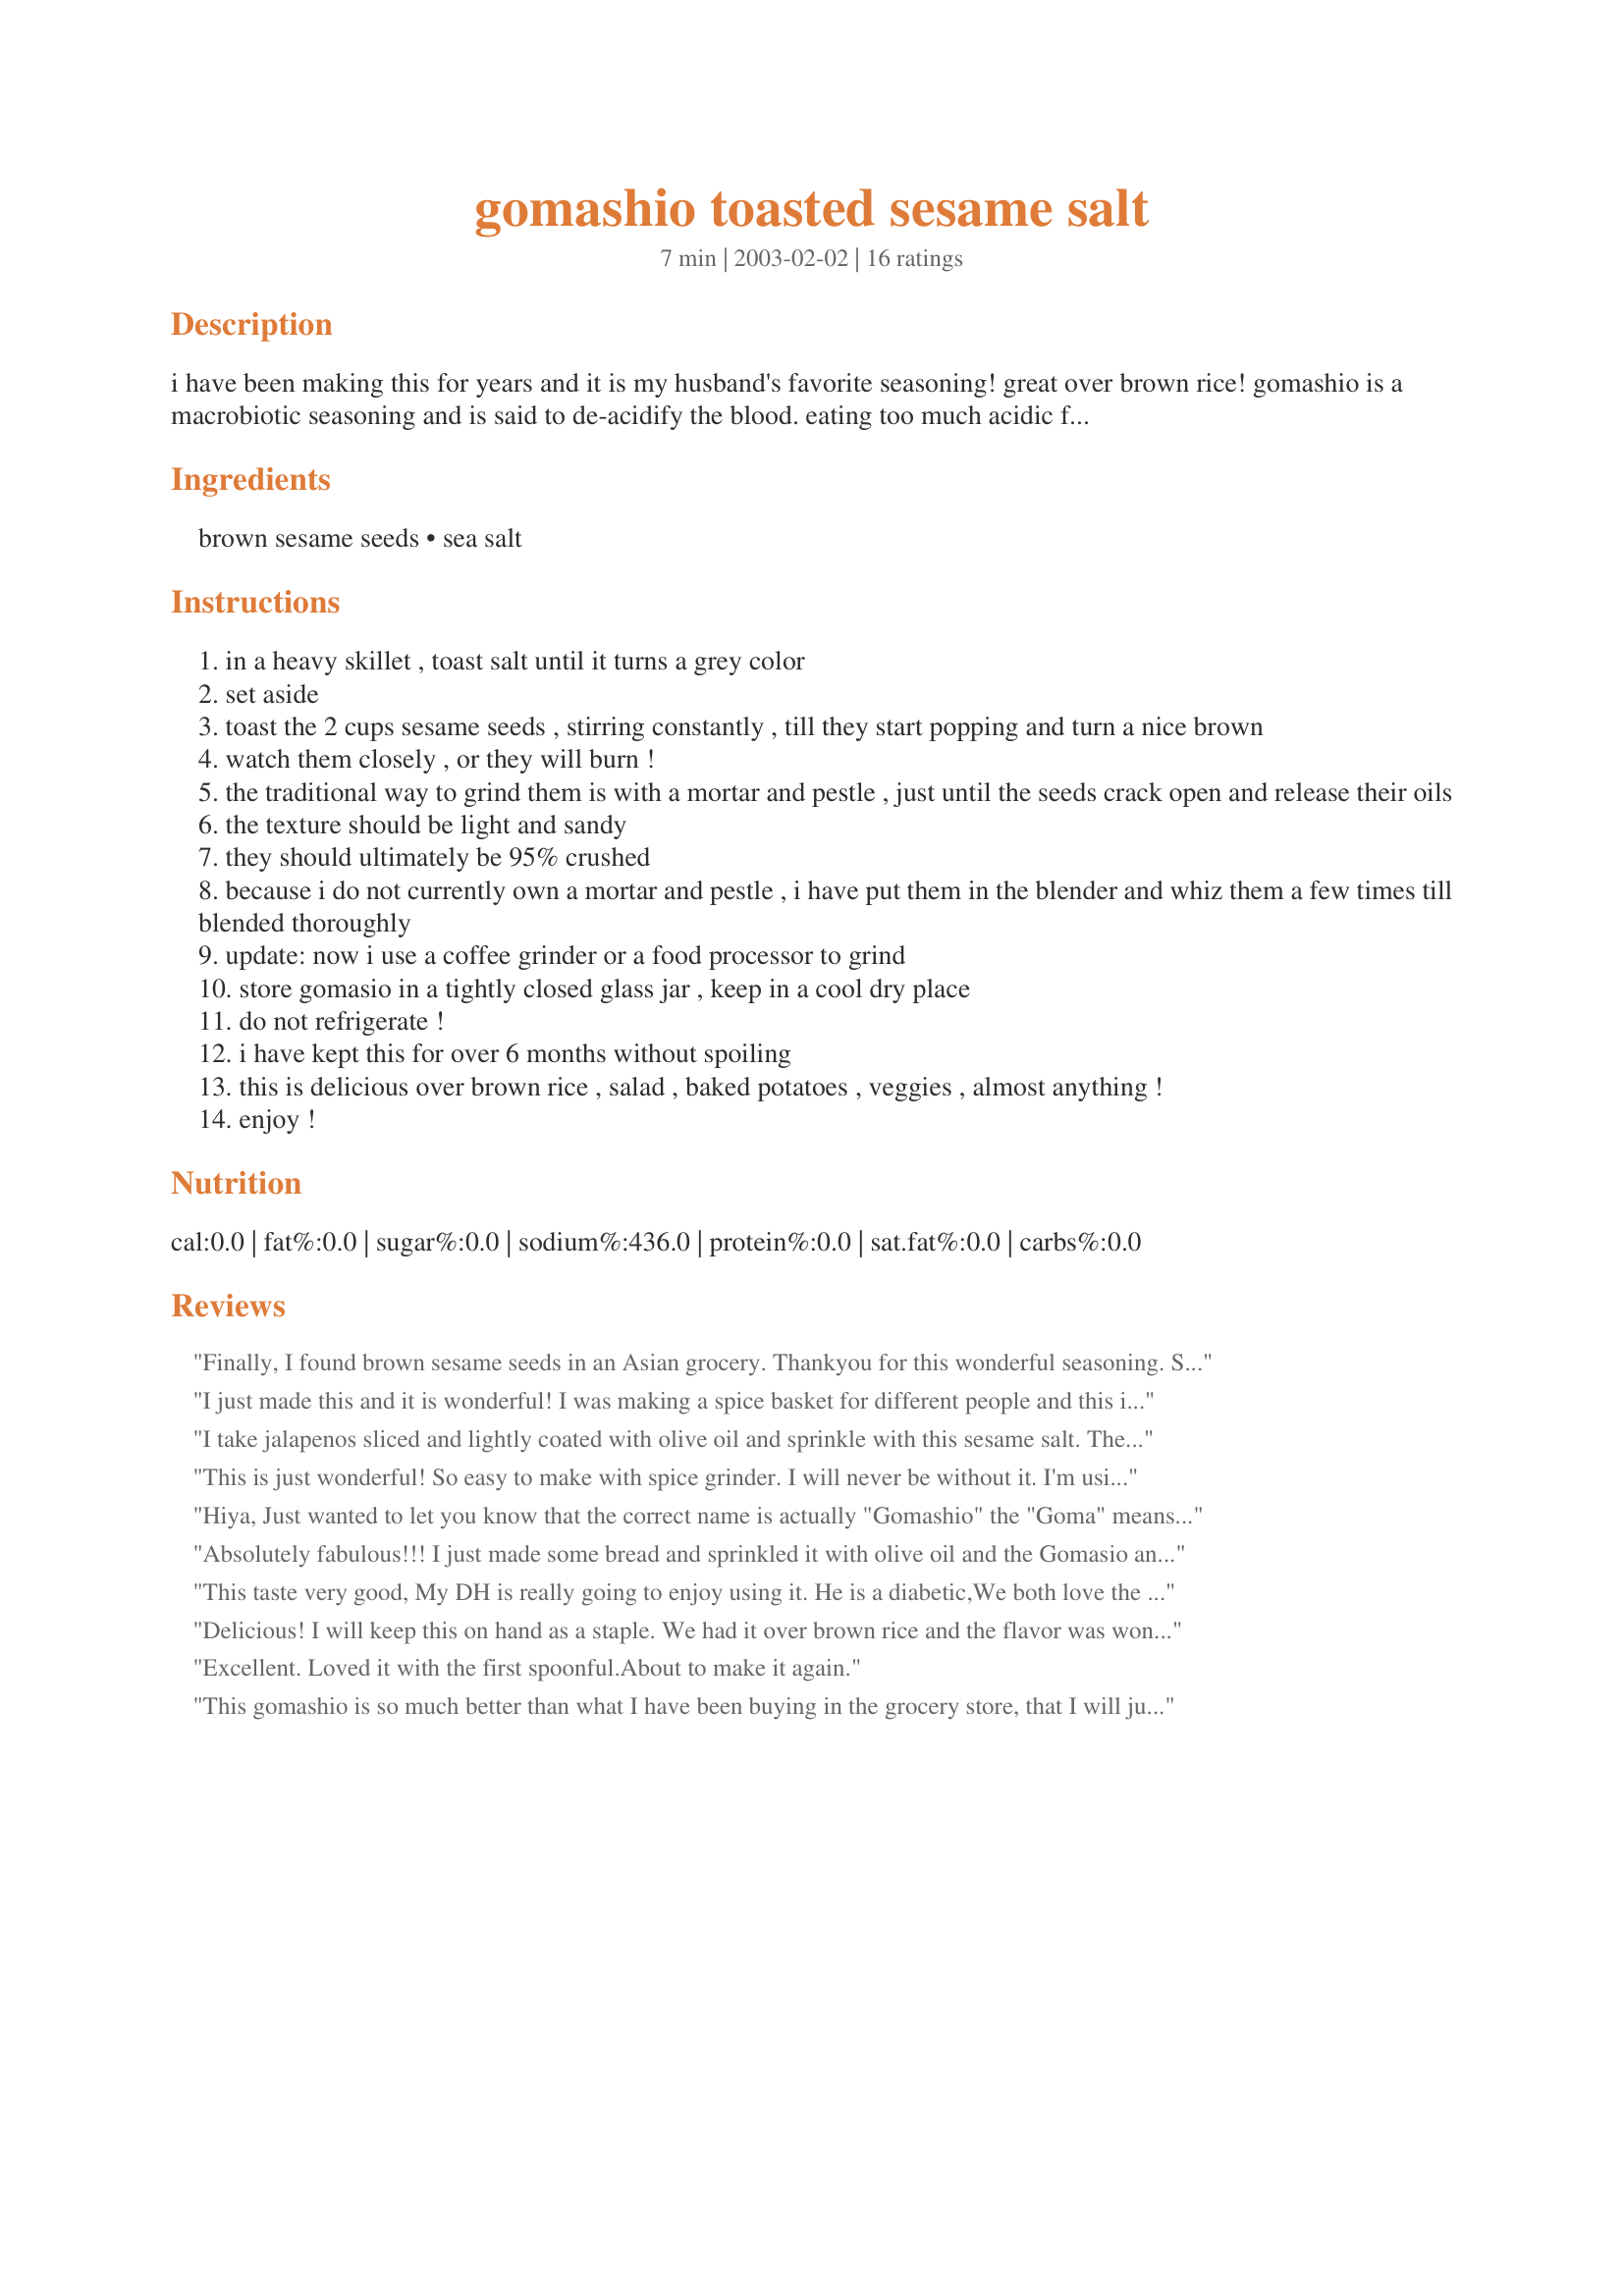
gomashio toasted sesame salt
Preparation time: 7 minutes

i have been making this for years and it is my husband's favorite seasoning! great over brown rice! gomashio is a macrobiotic seasoning and is said to de-acidify the blood. eating too much acidic foods is said to cause many diseases. gomashio is said to strengthen digestion and improve energy immediately. it is claimed to be healing for all blood related diseases, including diabetes and cancer. i don't know too much about that, but it is delicious and we eat it all the time! i find the unhulled sesame seeds at the health food store.

Ingredients:
brown sesame seeds, sea salt

Steps:
in a heavy skillet , toast salt until it turns a grey color
set aside
toast the 2 cups sesame seeds , stirring constantly , till they start popping and turn a nice brown
watch them closely , or they will burn !
the traditional way to grind them is with a mortar and pestle , just until the seeds crack open and release their oils
the texture should be light and sandy
they should ultimately be 95% crushed
because i do not currently own a mortar and pestle , i have put them in the blender and whiz them a few times till blended thoroughly
update: now i use a coffee grinder or a food processor to grind
store gomasio in a tightly closed glass jar , keep in a cool dry place
do not refrigerate !
i have kept this for over 6 months without spoiling
this is delicious over brown rice , salad , baked potatoes , veggies , almost anything !
enjoy !

Reviews:
Finally, I found brown sesame seeds in an Asian grocery. Thankyou for this wonderful seasoning. So far, I've tried it on fried rice and on chicken. and just love it. It did take me more than 7 minutes to make, maybe because I didn't have the heat on high enough. I also decided to use my blender rather than my mortar and pestle. Made for Photo Tag.
I just made this and it is wonderful! I was making a spice basket for different people and this is going in for sure! I am shocked that two things so simple can be made into something that tastes so complex! I did substitue kosher salt because I had it on hand.
Thanks for the great recipe!
Jen
I take jalapenos sliced and lightly coated with olive oil and sprinkle with this sesame salt. Then grill in a pan till softened. Ranch dressing with sour cream and and you have a great appetizer.
This is just wonderful! So easy to make with spice grinder. I will never be without it. I'm using it on everything!!! Thanks so much for this recipe. I like the idea that salt is healthy for me. I make all of my own spice mixtures because I like knowing what's in them and it's also more economical. I tape recipe onto side of jar. So when get low I have recipe right there. Love giving spice mixtures for gifts and this is one that will go on my treat list.
 Hiya,
 
Just wanted to let you know that the correct name is actually
"Gomashio" the "Goma" means seasame seeds and the "Shio" means salt in Japanese.I have lived in Japan and found this gomashio to be the yummiest thing
ever! I put it on everything. :)


Absolutely fabulous!!! I just made some bread and sprinkled it with olive oil and the Gomasio and was in heaven! I will use this on everything! My sea salt never turned gray, but more of a light tan color. Thanks for a great seasoning that I will use ALWAYS! I've been trying to reduce my salt, and this is just the thing I've been looking for.
This taste very good, My DH is really going to enjoy using it. He is a diabetic,We both love the taste of sesame. Thank you for posting the Recipe, Sharon.
Delicious! I will keep this on hand as a staple. We had it over brown rice and the flavor was wonderful.
Excellent. Loved it with the first spoonful.About to make it again.
This gomashio is so much better than what I have been buying in the grocery store, that I will just have to continue making it myself with this great recipe.
I excitedly gathered my ingredients and placed them into my seldom used mortar, then energetically began the grinding process. Five minutes later, I wasn't quite as energetic and only a few of the seeds were pulverized. So...I just poured 1/4 of the mixture into my spice grinder and gave it a one second spin...voila...perfectly ground seeds. Thank God for modern appliances!
As a reward for my efforts, I immediately used this toasted sesame salt as a light dip for some celery and radishes. Delicious.
Sharon, thanks not only for this recipe but also for the encouragement to eat it for our health's sake!
Thanks for introducing me to such a great condiment!!!This is wonderful and I can't wait to put it on EVERYTHING!!.....salads,rice,
hummus,sandwiches,steamed vegetables,the list could go on and on.Thanks again for a great recipe!!
Delicious on everything. It took me quite a while to get the salt to turn any other color than white. Maybe because I used Kosher salt.
This stuff is pretty good! I've always loved the taste of sesame! I have to admit that I cheated though, so I don't know if the benefits will be the same. I had purchase a package of sesame powder from the oriental food store not knowing what I was going to do with it. Well, I saw this recipe and thought what the heck. I'm assuming the sesame seeds were toasted before they were ground. All I had to do was to toast the salt and mix it all together. Voila! By the way, storage instructions on the package of sesame powder said it had a shelf-life of 1 year! Thanks so much!
just to let you know...amazing in Hummus recipe # 11424 by Charisma Ramshandni I skipped the salt and tahini and used gomashio! YUMMY
LOVE LOVE LOVE this seasoning! Great vegan substitute for parmesan topping on pasta dishes. Like you, my husband loves the stuff and gets really psyched whenever I make it. I use a coffee grinder to get a fine texture. Highly recommended to top off a vegan lasagna!
 Hi! Thanks for a great recipe. Just wanted to let you know that since you are using the food processor, be sure to only let it grind for a few seconds 
(not until fully ground) or you will damage the precious oils from the seasame and loose nutrients. :-)
